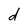
Character: d